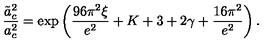
{ \frac { \tilde { a } _ { c } ^ { 2 } } { a _ { c } ^ { 2 } } } = \exp \left( { \frac { 9 6 \pi ^ { 2 } \xi } { e ^ { 2 } } } + K + 3 + 2 \gamma + { \frac { 1 6 \pi ^ { 2 } } { e ^ { 2 } } } \right) .